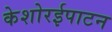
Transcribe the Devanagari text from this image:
केशोरईपाटन